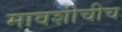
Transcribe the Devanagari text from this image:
मावशीचीच